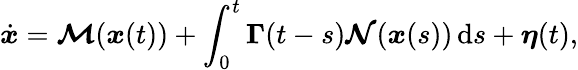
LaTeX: \dot{\boldsymbol{x}}=\boldsymbol{\mathcal{M}}(\boldsymbol{x}(t))+\int_{0}^{t}\boldsymbol{\Gamma}(t-s)\boldsymbol{\mathcal{N}}(\boldsymbol{x}(s))\, \mathrm{d}s+\boldsymbol{\eta}(t),